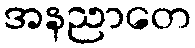
အနညာတေ